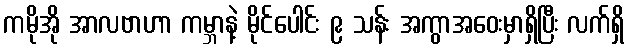
ကမိုအို အာလဗာဟာ ကမ္ဘာနဲ့ မိုင်ပေါင်း ၉ သန်း အကွာအဝေးမှာရှိပြီး လက်ရှိ